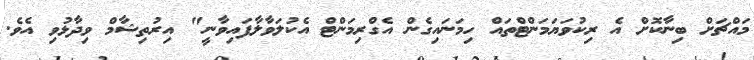
މައްޗަށް ބިނާކޮށް އެ ރިކުވަޔަމަންޓްތައް ހިމަނައިގެން އެގްރިމަންޓް އެކުލަވާލާފައިވާނީ" އިރުތިޝާމް ވިދާޅުވި އެވެ.